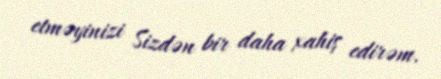
etməyinizi Sizdən bir daha xahiş edirəm.